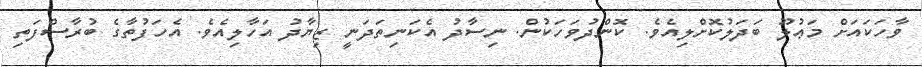
ވާހަކައަށް މަޢުލޫ ބަދަލުކޮށްލިއެވެ. ކޮންދުވަހަކުން. ނިސާދު އެކަނިތަދަނީ ޒިޔާދު އަހާލިއެވެ. އެހަފުތާގެ ބުރާސްފަތި